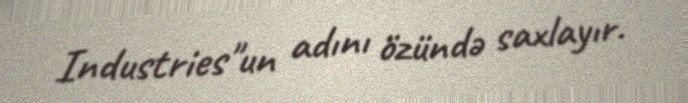
Industries"un adını özündə saxlayır.